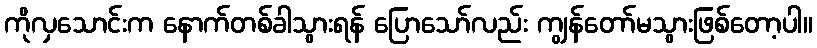
ကိုလှသောင်းက နောက်တစ်ခါသွားရန် ပြောသော်လည်း ကျွန်တော်မသွားဖြစ်တော့ပါ။